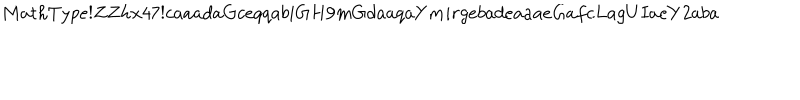
LaTeX: M a t h T y p e ! Z Z h x 4 7 ! c a a a d a G c e q q a b i G H 9 m G d a a q a Y m i r g e b a d e a a a e G a f c L a g U I a e Y 2 a b a